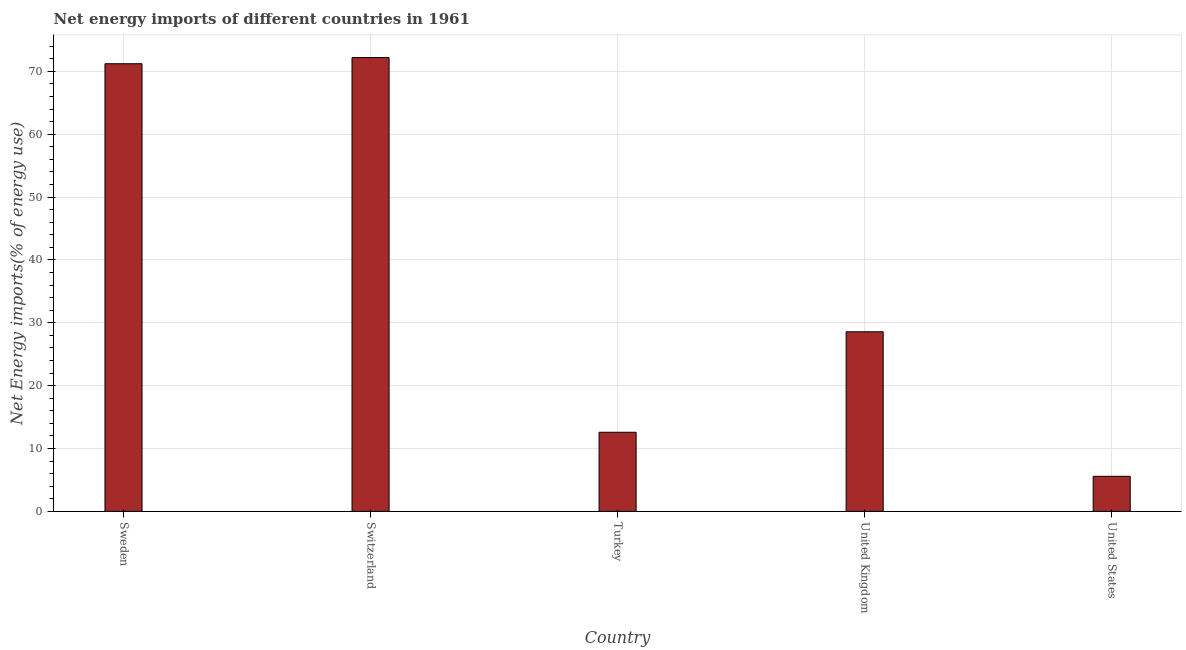
| Country | Energy imports |
 | --- | --- |
 | Sweden | 71.2 |
 | Switzerland | 72.2 |
 | Turkey | 12.6 |
 | United Kingdom | 28.6 |
 | United States | 5.58 |